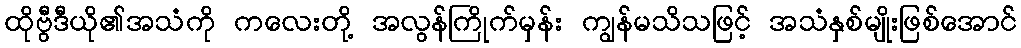
ထိုဗွီဒီယို၏အသံကို ကလေးတို့ အလွန်ကြိုက်မှန်း ကျွန်မသိသဖြင့် အသံနှစ်မျိုးဖြစ်အောင်